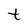
Character: t